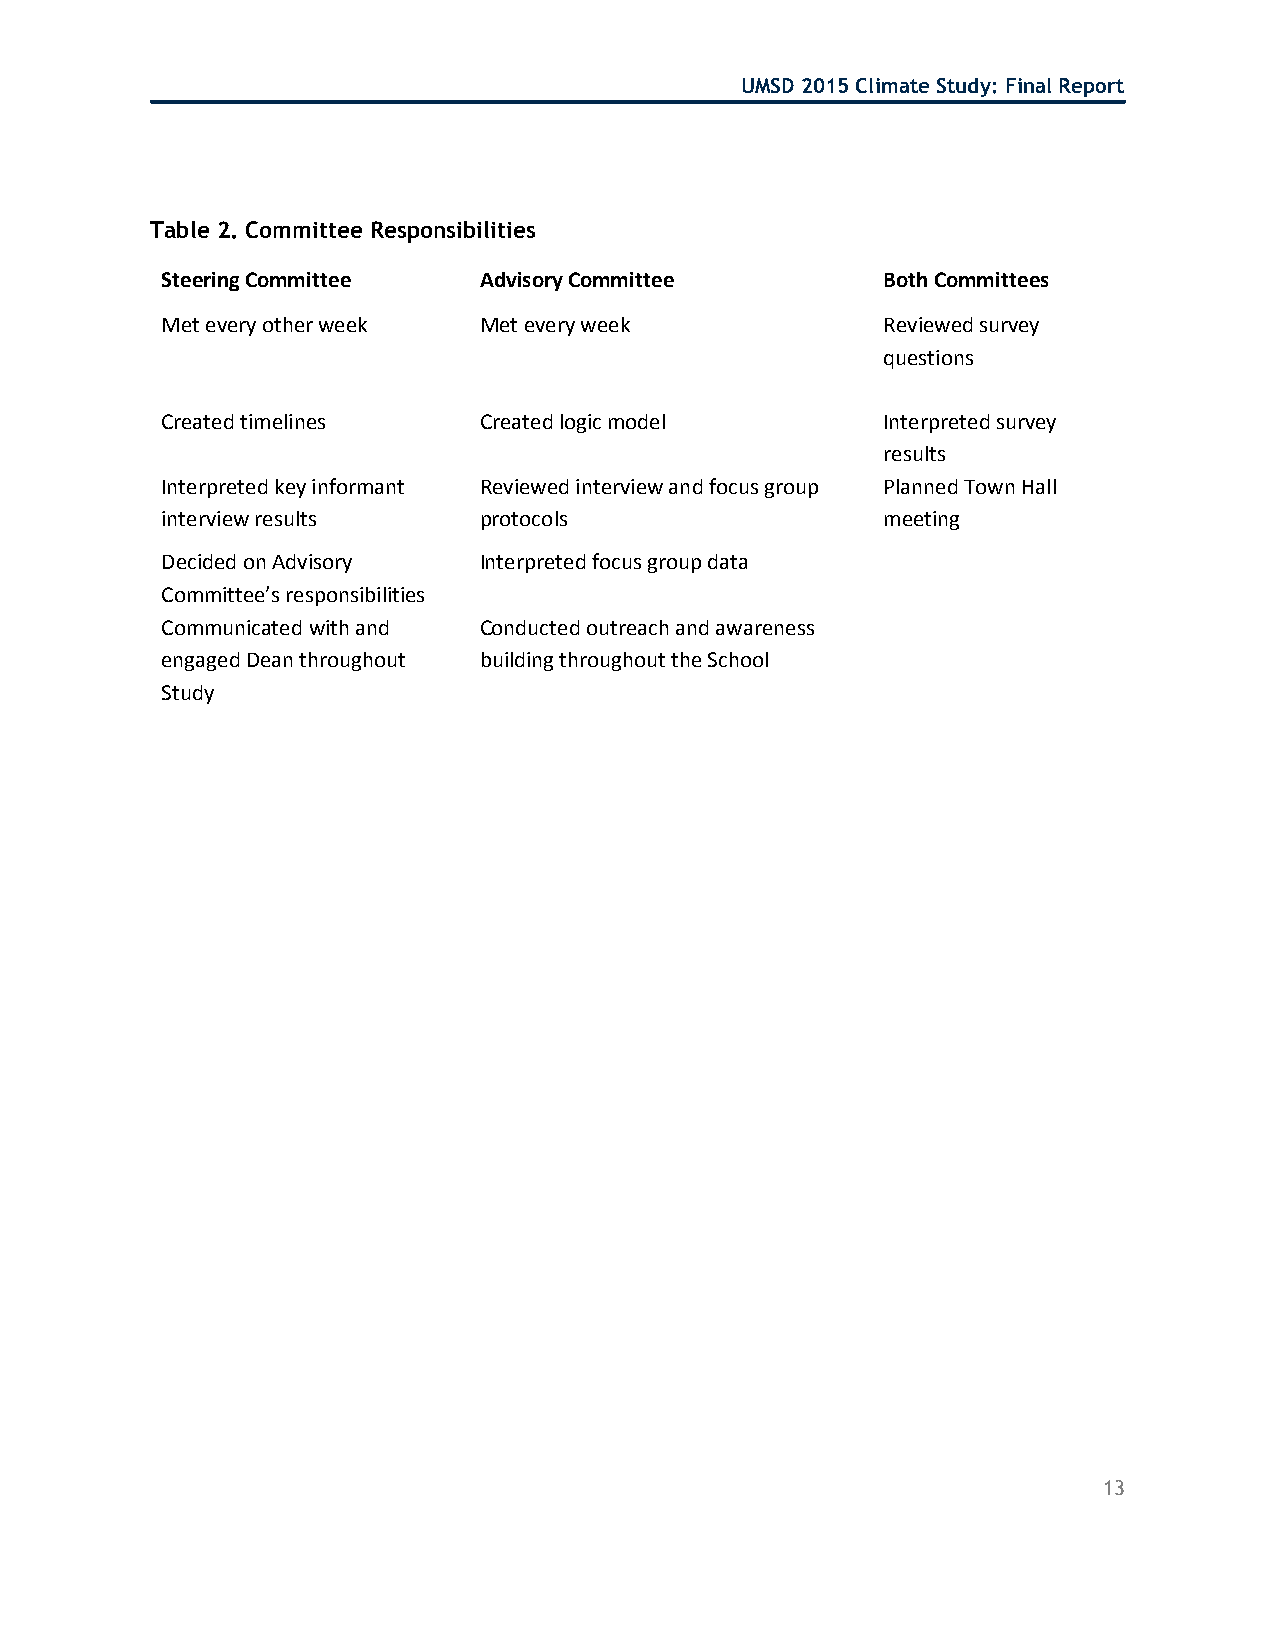
UMSD 2015 Climate Study: Final Report
 Table 2. Committee Responsibilities
 Steering Committee   Advisory Committee        Both Committees
 Met every other week Met every week            Reviewed survey
 questions
 Created timelines    Created logic model       Interpreted survey
 results
 Interpreted key informant Reviewed interview and focus group Planned Town Hall
 interview results    protocols                 meeting
 Decided on Advisory  Interpreted focus group data
 Committee’s responsibilities
 Communicated with and Conducted outreach and awareness
 engaged Dean throughout building throughout the School
 Study
 13